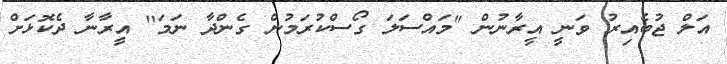
އަލް ޖުބެއިރު ވަނީ އީރާނުން "މައްސަލަ ގޯސްކުރަމުން ގެންދާ ނަމަ" އީރާނާ ދެކޮޅަށް